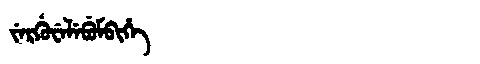
Manchu: ᠵᡝᡵᡤᡠᠸᡝᠯᡝᠪᡠᠮᠪᡳᡥᡝ
Romanization: JERGUWELEBUMBIHE